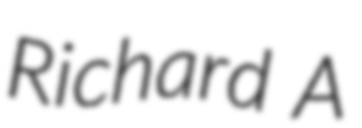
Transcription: Richard A